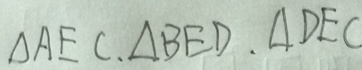
\Delta A E C . \Delta B E D . \Delta D E C